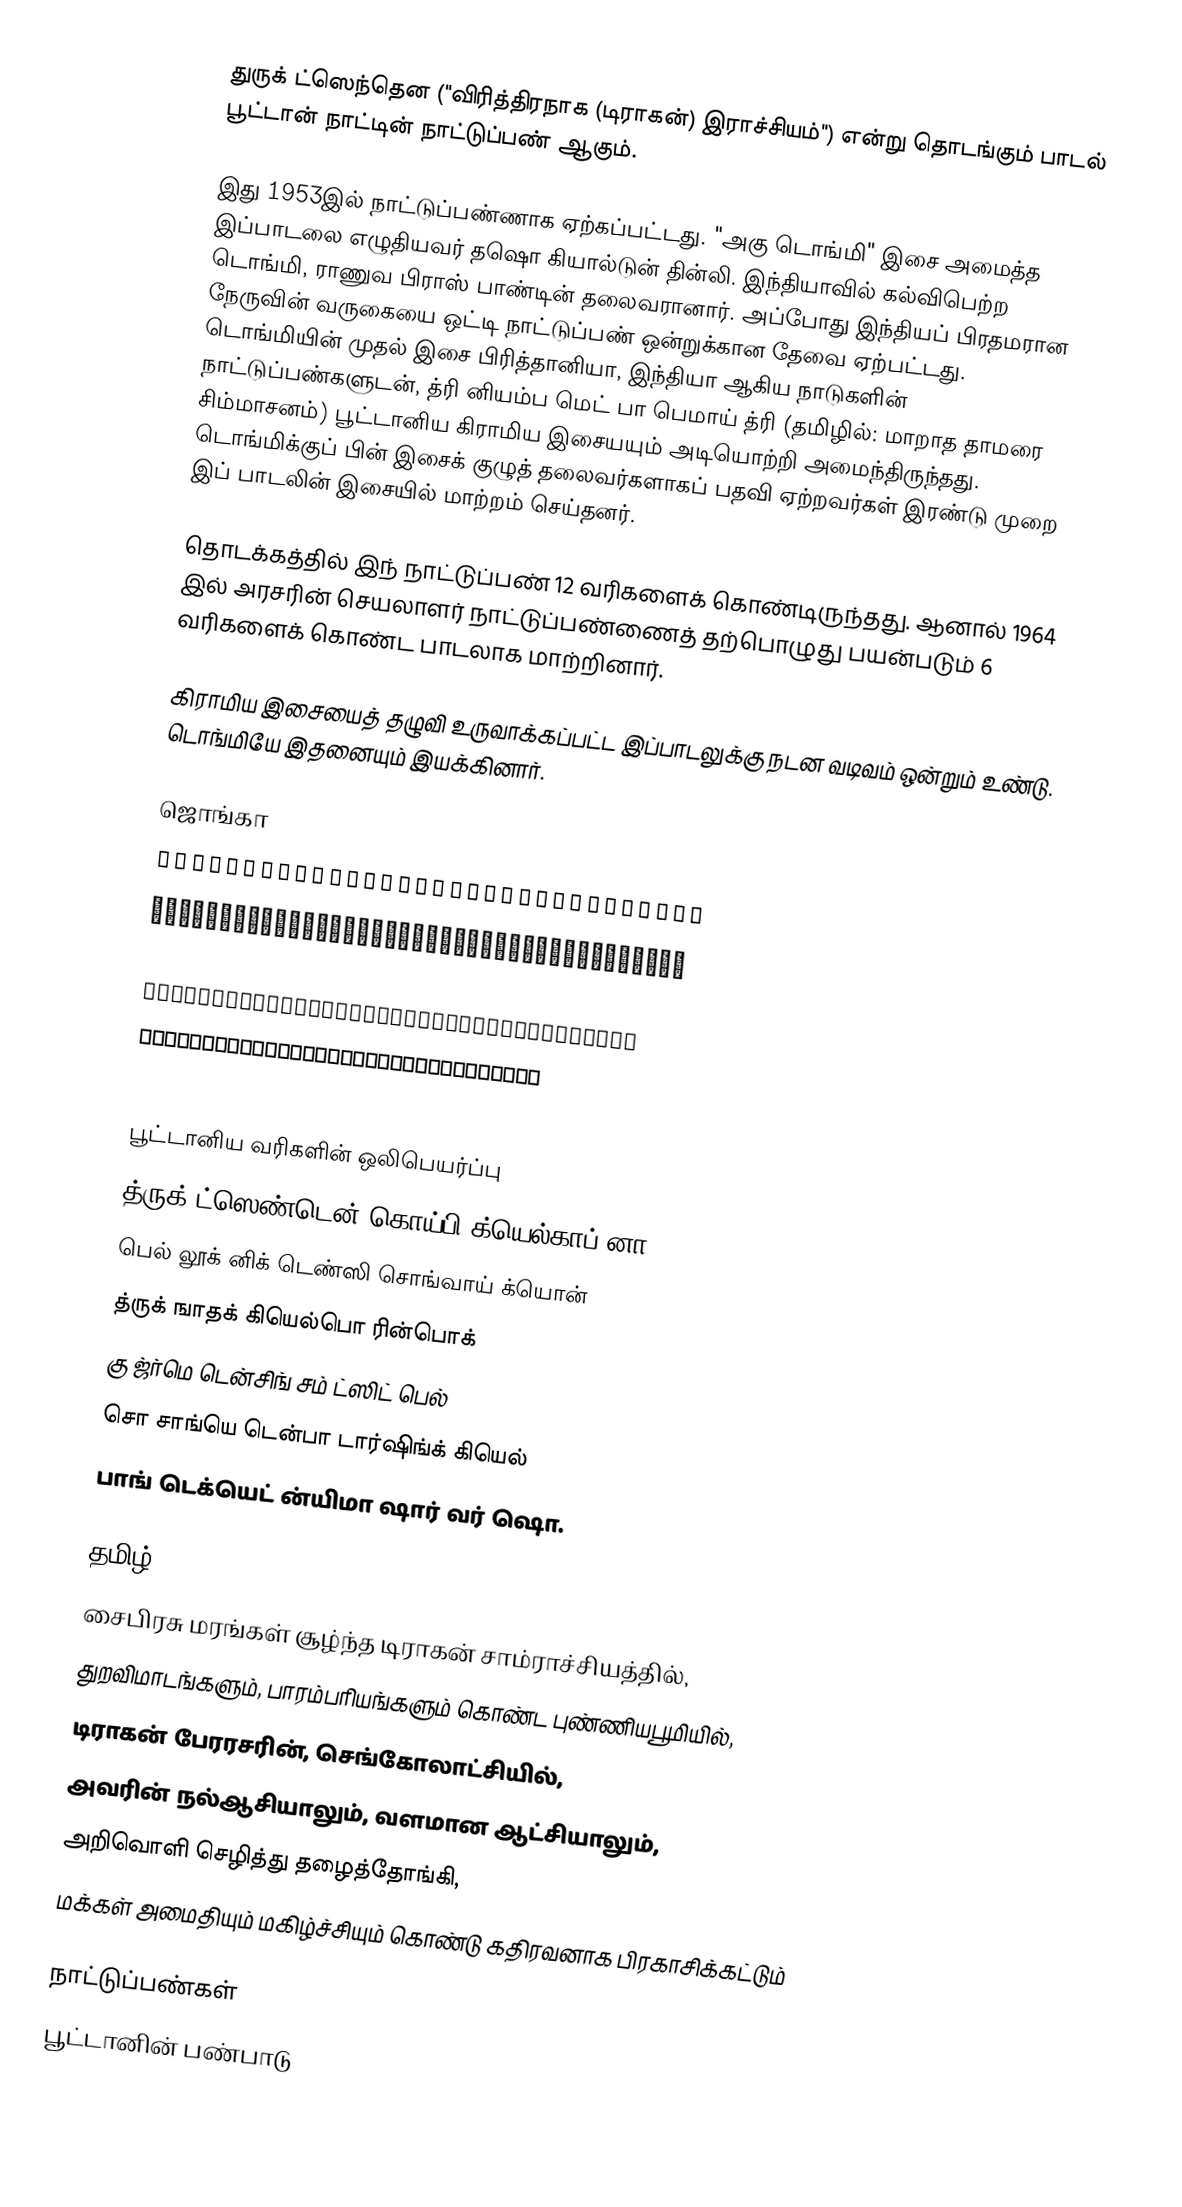
துருக் ட்ஸெந்தென ("விரித்திரநாக (டிராகன்) இராச்சியம்") என்று தொடங்கும் பாடல் பூட்டான் நாட்டின் நாட்டுப்பண் ஆகும்.

இது 1953இல் நாட்டுப்பண்ணாக ஏற்கப்பட்டது. "அகு டொங்மி" இசை அமைத்த இப்பாடலை எழுதியவர் தஷொ கியால்டுன் தின்லி. இந்தியாவில் கல்விபெற்ற டொங்மி, ராணுவ பிராஸ் பாண்டின் தலைவரானார். அப்போது இந்தியப் பிரதமரான நேருவின் வருகையை ஒட்டி நாட்டுப்பண் ஒன்றுக்கான தேவை ஏற்பட்டது. டொங்மியின் முதல் இசை பிரித்தானியா, இந்தியா ஆகிய நாடுகளின் நாட்டுப்பண்களுடன், த்ரி னியம்ப மெட் பா பெமாய் த்ரி (தமிழில்: மாறாத தாமரை சிம்மாசனம்) பூட்டானிய கிராமிய இசையயும் அடியொற்றி அமைந்திருந்தது. டொங்மிக்குப் பின் இசைக் குழுத் தலைவர்களாகப் பதவி ஏற்றவர்கள் இரண்டு முறை இப் பாடலின் இசையில் மாற்றம் செய்தனர்.

தொடக்கத்தில் இந் நாட்டுப்பண் 12 வரிகளைக் கொண்டிருந்தது. ஆனால் 1964 இல் அரசரின் செயலாளர் நாட்டுப்பண்ணைத் தற்பொழுது பயன்படும் 6 வரிகளைக் கொண்ட பாடலாக மாற்றினார்.

கிராமிய இசையைத் தழுவி உருவாக்கப்பட்ட இப்பாடலுக்கு நடன வடிவம் ஒன்றும் உண்டு. டொங்மியே இதனையும் இயக்கினார்.

ஜொங்கா
འབྲུག་ཙན་དན་བཀོད་པའི་རྒྱལ་ཁབ་ནང་
དཔལ་ལུགས་གཉིས་བསྟན་སྲིད་སྐྱོང་བའི་མགོན་
འབྲུག་རྒྱལ་པོ་མངའ་བདག་རིན་པོ་ཆེ་
སྐུ་འགྱུར་མེད་བརྟན་ཅིང་ཆབ་སྲིད་འཕེལ་
ཆོས་སངས་རྒྱས་བསྟན་པ་དར་ཞིང་རྒྱས་
འབངས་བདེ་སྐྱིད་ཉི་མ་ཤར་བར་ཤོག་

பூட்டானிய வரிகளின் ஒலிபெயர்ப்பு
த்ருக் ட்ஸெண்டென் கொய்பி க்யெல்காப் னா
பெல் லூக் னிக் டெண்ஸி சொங்வாய் க்யொன்
த்ருக் ஙாதக் கியெல்பொ ரின்பொக்
கு ஜ்ர்மெ டென்சிங் சம் ட்ஸிட் பெல்
சொ சாங்யெ டென்பா டார்ஷிங்க் கியெல்
பாங் டெக்யெட் ன்யிமா ஷார் வர் ஷொ.

தமிழ்
சைபிரசு மரங்கள் சூழ்ந்த டிராகன் சாம்ராச்சியத்தில்,
துறவிமாடங்களும், பாரம்பரியங்களும் கொண்ட புண்ணியபூமியில்,
டிராகன் பேரரசரின், செங்கோலாட்சியில்,
அவரின் நல்ஆசியாலும், வளமான ஆட்சியாலும்,
அறிவொளி செழித்து தழைத்தோங்கி,
மக்கள் அமைதியும் மகிழ்ச்சியும் கொண்டு கதிரவனாக பிரகாசிக்கட்டும்

நாட்டுப்பண்கள்
பூட்டானின் பண்பாடு